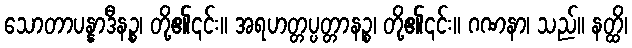
သောတာပန္နာဒီနဉ္စ၊ တို့၏၎င်း။ အရဟတ္တပ္ပတ္တာနဉ္စ၊ တို့၏၎င်း။ ဂဏနာ၊ သည်။ နတ္ထိ၊